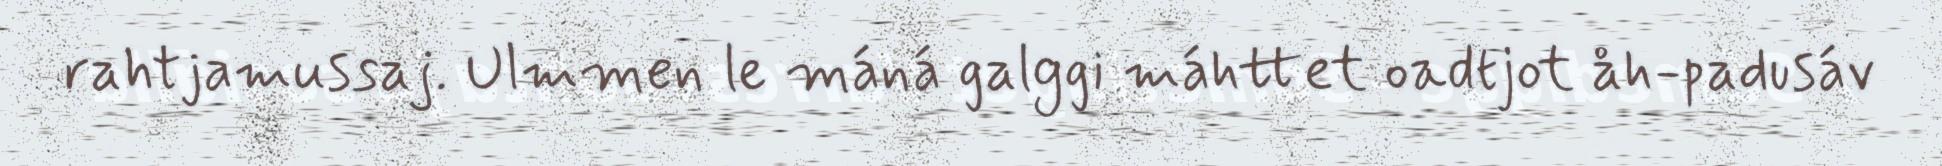
rahtjamussaj. Ulmmen le máná galggi máhttet oadtjot åh-padusáv